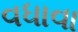
વધાવા